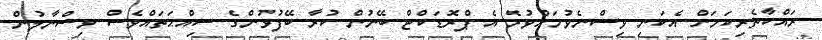
ރައްކާތެރިކަމަށް އެކަނި ވިސްނެވުމަށްވުރެ އެ ޕްރޮޑަކްޓް ބޭނުން ކުރާ ބޭފުޅުންގެ ސިއްޙަތައްވެސް ވިސްނާލުން